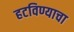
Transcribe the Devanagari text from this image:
हटविण्याचा